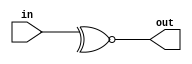
module f4_test_5(input [7:0] in, output out);
assign out = ~^in;
endmodule